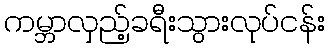
ကမ္ဘာလှည့်ခရီးသွားလုပ်ငန်း